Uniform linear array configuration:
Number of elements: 8
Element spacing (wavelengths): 0.75
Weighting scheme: cosine
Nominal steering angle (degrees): -45
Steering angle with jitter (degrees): -44.747
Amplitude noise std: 0.05
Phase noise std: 0.05

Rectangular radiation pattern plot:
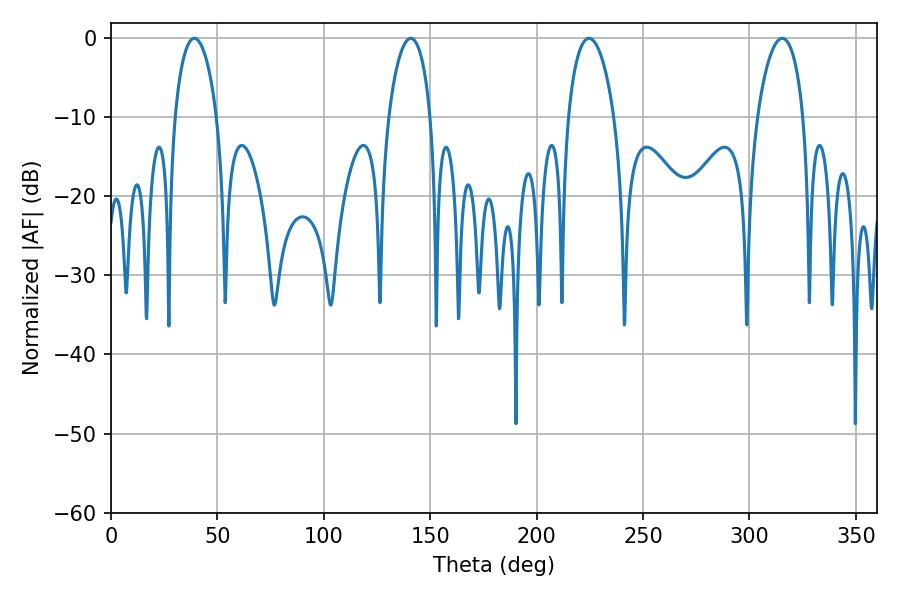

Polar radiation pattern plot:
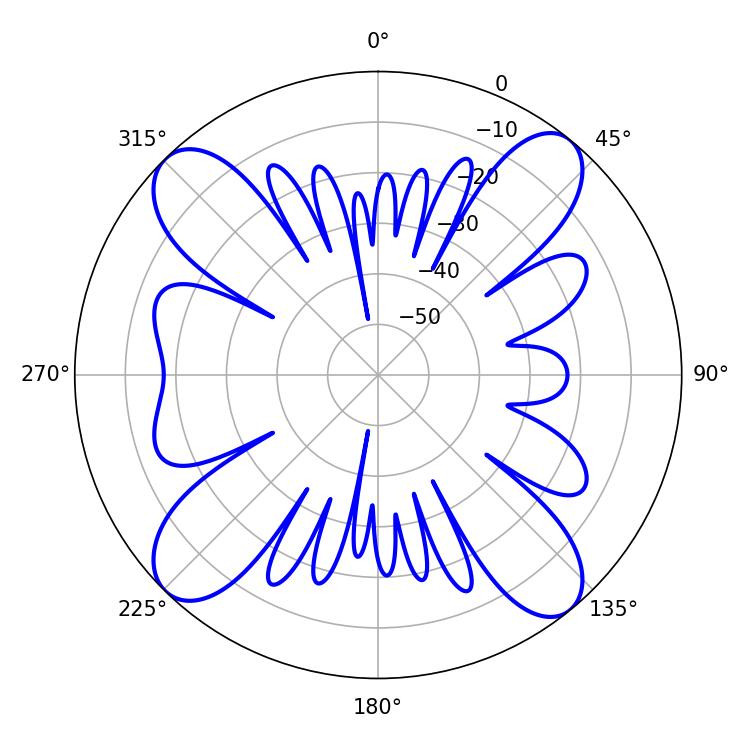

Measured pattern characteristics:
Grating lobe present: TRUE
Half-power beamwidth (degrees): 12.42
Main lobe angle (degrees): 224.64